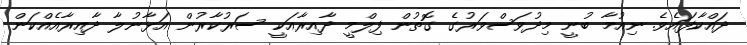
ދައްކާފައެވެ. ނިއުމާ ބުނީ މިދުވަސްވަރުގެ ގޮތުން ފިލްމީ ދާއިރާއަކީ ސަރުކާރުން އަޅާނުލާ ދާއިރާއެއްކަން